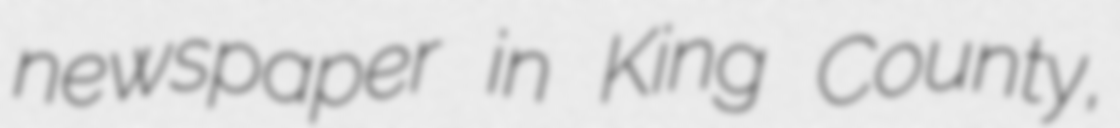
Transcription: newspaper in King County,